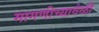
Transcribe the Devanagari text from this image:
मागणीच्यावेळी